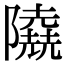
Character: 𨽐